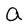
Character: a